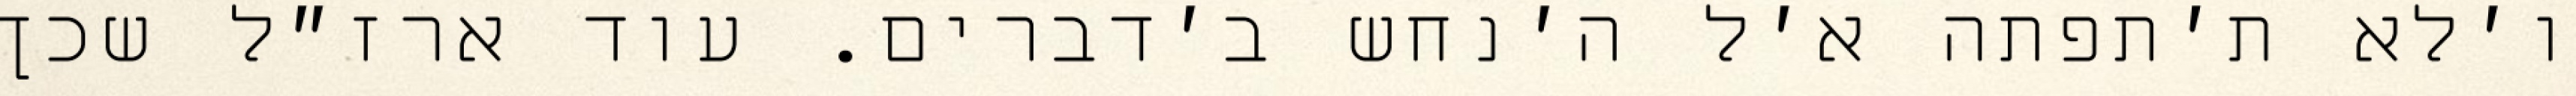
ו׳לא ת׳תפתה א׳ל ה׳נחש ב׳דברים. עוד ארז״ל שכך